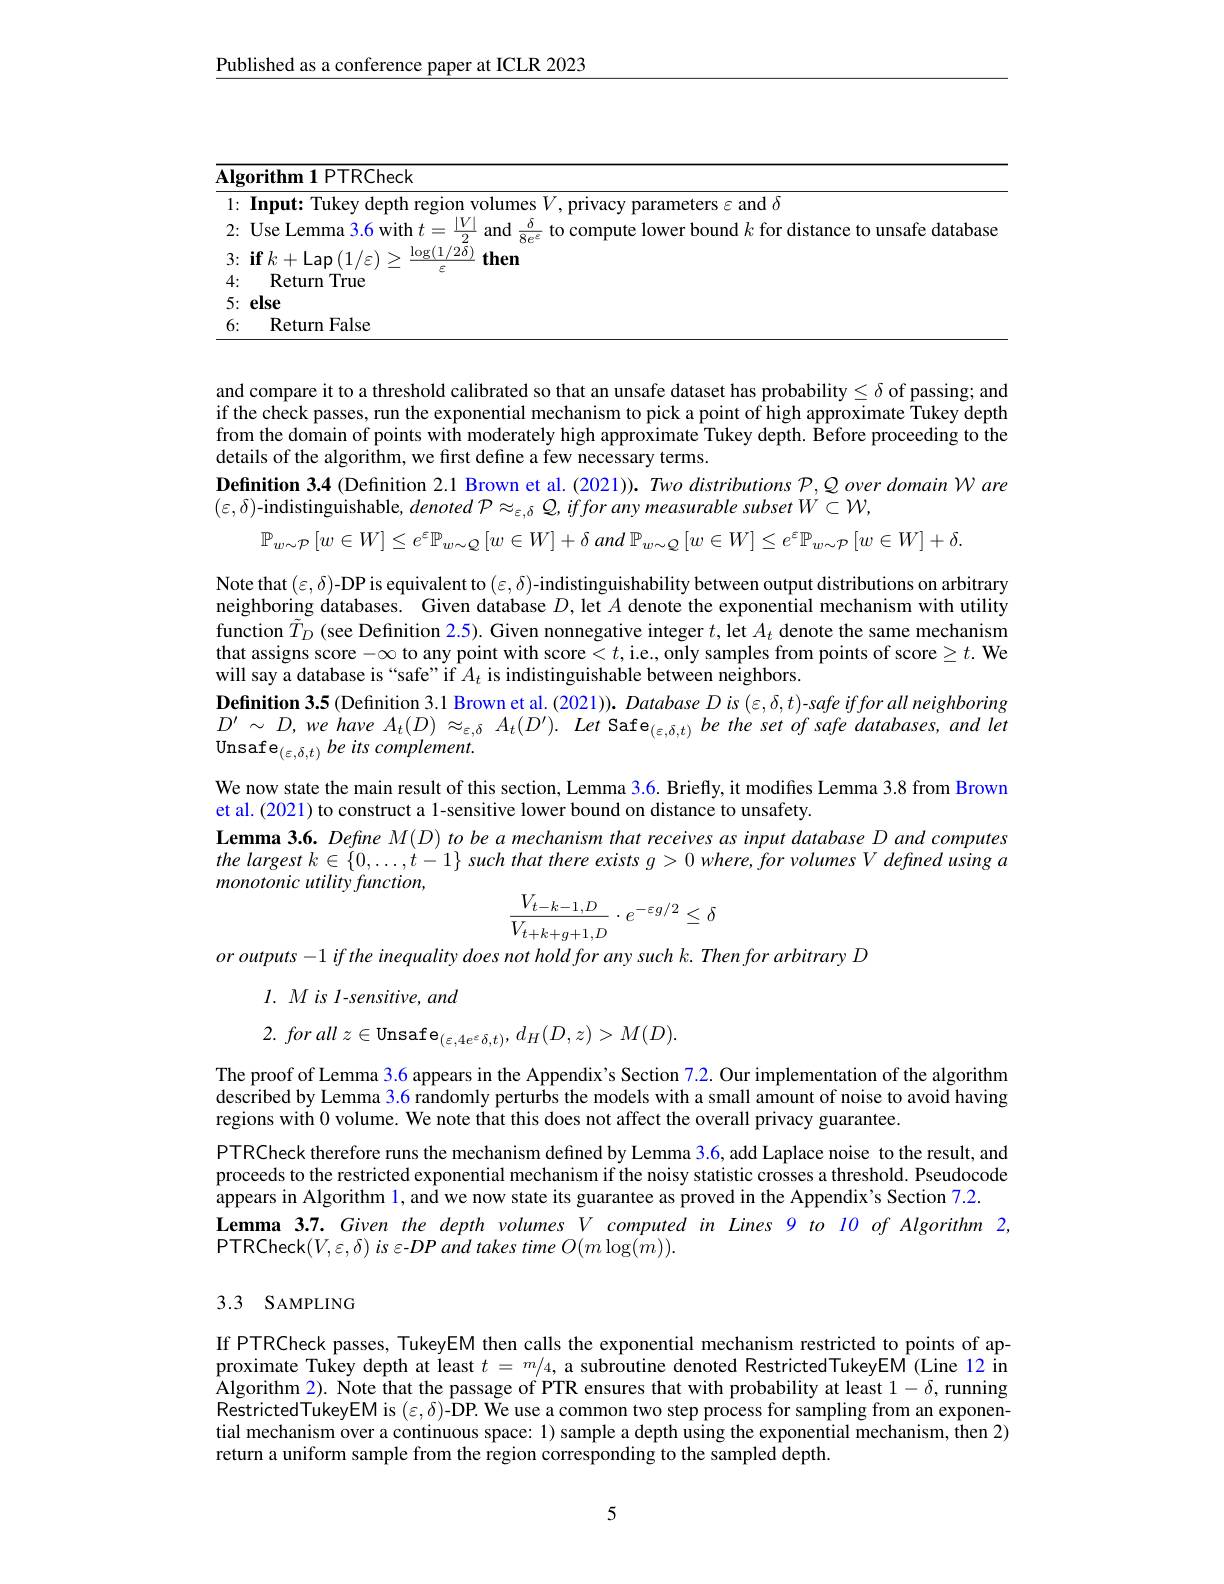
$\underline{\text{Published as a conference paper at ICLR 2023}}$

<table>
	<tbody>
		<tr>
			<td>$\overline{\mathbf{Alg}}$ 1 1</td>
			<td>$\mathbf{hm1PTRCheck}$</td>
		</tr>
		<tr>
			<td>1: ·</td>
			<td>1111 eters $\varepsilon$ and $\delta$</td>
		</tr>
		<tr>
			<td>2:</td>
			<td>Lemma s hwitht $|V$ to compute lower bound $k$ for distance to unsafe databaso</td>
		</tr>
		<tr>
			<td>3:</td>
			<td>$\log(1/2\delta)$ then</td>
		</tr>
		<tr>
			<td>4: 1 1</td>
			<td>Return True</td>
		</tr>
		<tr>
			<td>5: ·</td>
			<td> </td>
		</tr>
		<tr>
			<td>6:</td>
			<td>Return False</td>
		</tr>
	</tbody>
</table>

and compare it to a threshold calibrated so that an unsafe dataset has probability $\leq\delta$ of passing; and

if the check passes, run the exponential mechanism to pick a point of high approximate Tukey depth

from the domain of points with moderately high approximate Tukey depth. Before proceeding to the

details of the algorithm, we first define a few necessary terms.
Definition 3.4 (Definition 2.1 Brown et al.(2021)). Two distributions $\mathcal{P},\mathcal{Q}$ over domain $\mathcal{W}$ are
$(\varepsilon,\delta)$-indistinguishable, denoted $\mathcal{P}\approx_\varepsilon,\delta$ Q, iffor any measurable subset $W\subset\mathcal{W}$,
$\mathbb{P}_{w\sim\mathcal{P}}\left[w\in W\right]\leq e^{\varepsilon}\mathbb{P}_{w\sim\mathcal{Q}}\left[w\in W\right]+\delta\textit{ and P}_{w\sim\mathcal{Q}}\left[w\in W\right]\leq e^{\varepsilon}\mathbb{P}_{w\sim\mathcal{P}}\left[w\in W\right]+\delta.$
Note that $( \varepsilon , \delta )$-DP is equivalent to $(\varepsilon,\delta)$-indistinguishability between output distributions on arbitrary neighboring databases. Given database $D$, let $A$ denote the exponential mechanism with utility function $\tilde{T}_D$ (see Definition 2.5). Given nonnegative integer $t$,let $A_t$ denote the same mechanism that assigns score $-\infty$ to any point with score $<t$,i.e., only samples from points of score $\geq t.$ We will say a database is “safe” if $A_t$ is indistinguishable between neighbors.
Definition 3.5 (Definition 3.1 Brown et al.(2021)). Database $Dis(\varepsilon,\delta,t)$-safe iffor all neighboring $D^{\prime }\sim D, we$ have $A_{t}( D) \approx _{\varepsilon , \delta }$ $A_{t}( D^{\prime }) .$ Let $\mathrm{Safe}_{( \varepsilon , \delta , t) }$ $be$ the set $of$ safe $databases$, and let Unsafe$_{( \varepsilon , \delta , t) }\textit{be its complement}.$
We now state the main result of this section, Lemma 3.6. Briefly, it modifies Lemma 3.8 from Brown
et al. (2021) to construct a 1-sensitive lower bound on distance to unsafety.
Lemma 3.6. Define $M(D)$ to be a mechanism that receives as input database D and computes the largest $k\in \{ 0, \ldots , t- 1\}$ such that there exists $g> 0$ $where, for$ volumes $V$ defined using $a$ monotonic utility function,
$$\frac{V_{t-k-1,D}}{V_{t+k+g+1,D}}\cdot e^{-\varepsilon g/2}\leq\delta $$
or outputs - 1 if the inequality does not hold for any such k. Then for arbitrary D

$l. Mis\textit{ l- sensitive, and}$

2. for all $z\in$Unsafe$_( \varepsilon , 4e^{\varepsilon }\delta , t) $, $d_{H}( D, z) > M( D) .$

The proof of Lemma 3.6 appears in the Appendix's Section 7.2. Our implementation of the algorithm $\hat{\text{described by Lemma 3.6 randomly perturbs the models with a small amount of noise to avoid having}}$ regions with 0 volume. We note that this does not affect the overall privacy guarantee.
PTRCheck therefore runs the mechanism defined by Lemma 3.6, add Laplace noise to the result, and proceeds to the restricted exponential mechanism if the noisy statistic crosses a threshold. Pseudocode appears in Algorithm l, and we now state its guarantee as proved in the Appendix's Section 7.2.
Lemma 3.7. Given the depth volumes $V$ computed in Lines 9 to $\color{red}{ll}0\textit{of Algorithm 2,}$
PTRCheck$(V,\varepsilon,\delta)$ is $\varepsilon-DP$ and takes time $O(m\log(\dot{m})).$

## 3.3 SAMPLING

If PTRCheck passes, TukeyEM then calls the exponential mechanism restricted to points of approximate Tukey depth at least $t=m/4,\tilde{\text{a subroutine denoted RestrictedTukeyEM}}$ (Line 12 in Algorithm 2). Note that the passage of PTR ensures that with probability at least $1-\delta$, running RestrictedTukeyEM is $(\varepsilon,\delta)$-DP. We use a common two step process for sampling from an exponential mechanism over a continuous space: 1) sample a depth using the exponential mechanism, then 2) return a uniform sample from the region corresponding to the sampled depth.

5